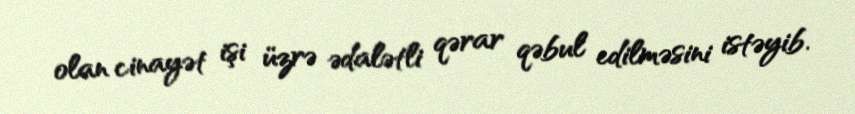
olan cinayət işi üzrə ədalətli qərar qəbul edilməsini istəyib.